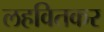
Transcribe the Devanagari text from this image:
लहवितकर